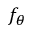
f _ { \theta }